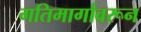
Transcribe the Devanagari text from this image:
गतिमार्गावरून